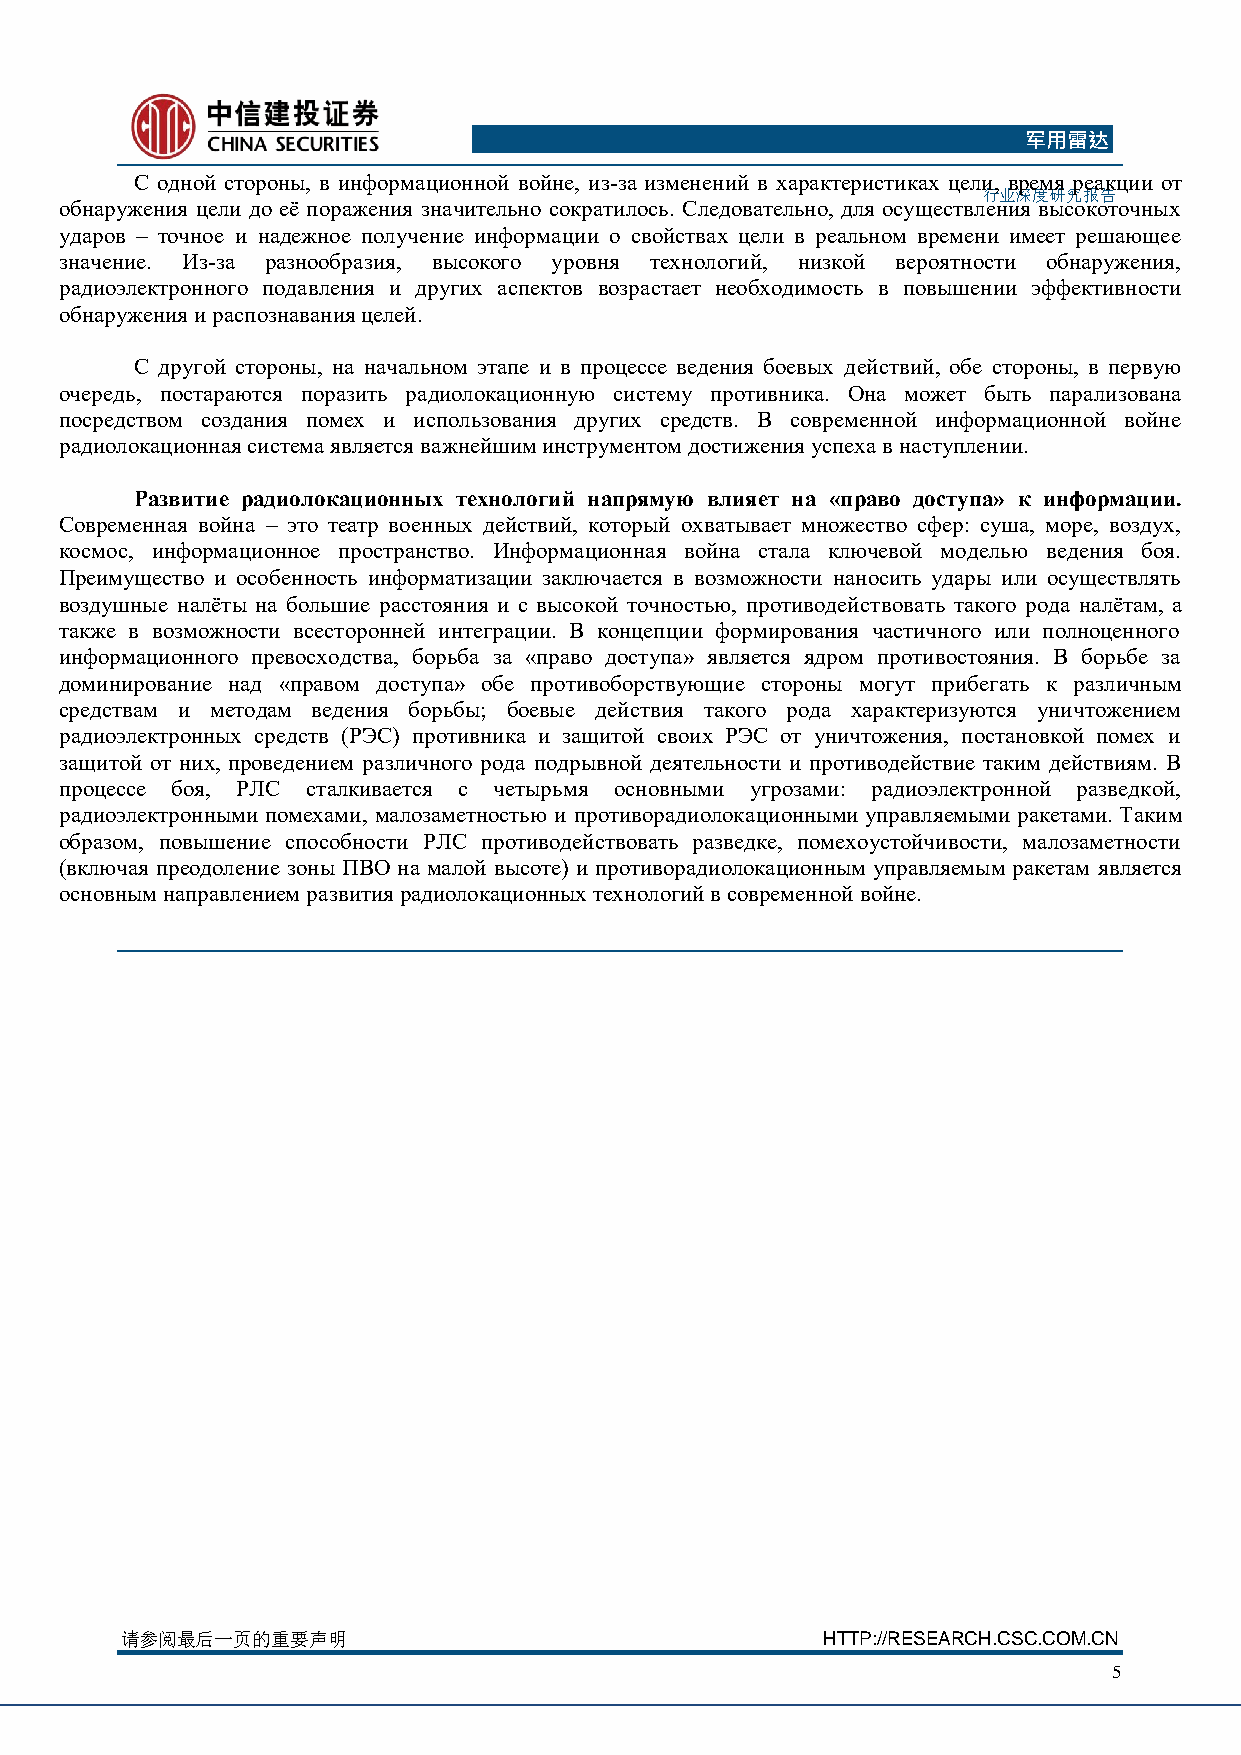
军用雷达
 С одной стороны, в информационной войне, из-за изменений в характеристиках цели, время реакции от
 行业深度研究报告
 обнаружения цели до её поражения значительно сократилось. Следовательно, для осуществления высокоточных
 ударов – точное и надежное получение информации о свойствах цели в реальном времени имеет решающее
 значение. Из-за разнообразия, высокого уровня технологий, низкой вероятности обнаружения,
 радиоэлектронного подавления и других аспектов возрастает необходимость в повышении эффективности
 обнаружения и распознавания целей.
 С другой стороны, на начальном этапе и в процессе ведения боевых действий, обе стороны, в первую
 очередь, постараются поразить радиолокационную систему противника. Она может быть парализована
 посредством создания помех и использования других средств. В современной информационной войне
 радиолокационная система является важнейшим инструментом достижения успеха в наступлении.
 Развитие радиолокационных технологий напрямую влияет на «право доступа» к информации.
 Современная война – это театр военных действий, который охватывает множество сфер: суша, море, воздух,
 космос, информационное пространство. Информационная война стала ключевой моделью ведения боя.
 Преимущество и особенность информатизации заключается в возможности наносить удары или осуществлять
 воздушные налёты на большие расстояния и с высокой точностью, противодействовать такого рода налётам, а
 также в возможности всесторонней интеграции. В концепции формирования частичного или полноценного
 информационного превосходства, борьба за «право доступа» является ядром противостояния. В борьбе за
 доминирование над «правом доступа» обе противоборствующие стороны могут прибегать к различным
 средствам и методам ведения борьбы; боевые действия такого рода характеризуются уничтожением
 радиоэлектронных средств (РЭС) противника и защитой своих РЭС от уничтожения, постановкой помех и
 защитой от них, проведением различного рода подрывной деятельности и противодействие таким действиям. В
 процессе боя, РЛС сталкивается с четырьмя основными угрозами: радиоэлектронной разведкой,
 радиоэлектронными помехами, малозаметностью и противорадиолокационными управляемыми ракетами. Таким
 образом, повышение способности РЛС противодействовать разведке, помехоустойчивости, малозаметности
 (включая преодоление зоны ПВО на малой высоте) и противорадиолокационным управляемым ракетам является
 основным направлением развития радиолокационных технологий в современной войне.
 请参阅最后一页的重要声明                                  HTTP://RESEARCH.CSC.COM.CN
 5